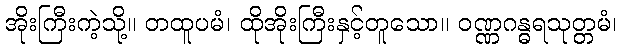
အိုးကြီးကဲ့သို့။ တထူပမံ၊ ထိုအိုးကြီးနှင့်တူသော။ ဝဏ္ဏဂန္ဓရသုတ္တမံ၊